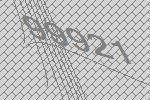
99921